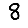
Digit: 8